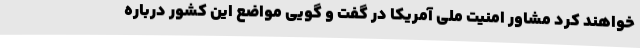
خواهند کرد مشاور امنیت ملی آمریکا در گفت و گویی مواضع این کشور درباره